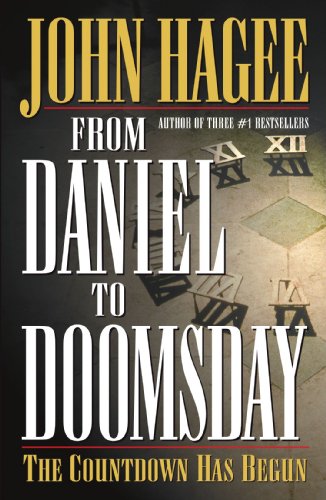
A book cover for From Daniel to Doomsday: The Countdown Has Begun; John Hagee; Christian Books & Bibles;